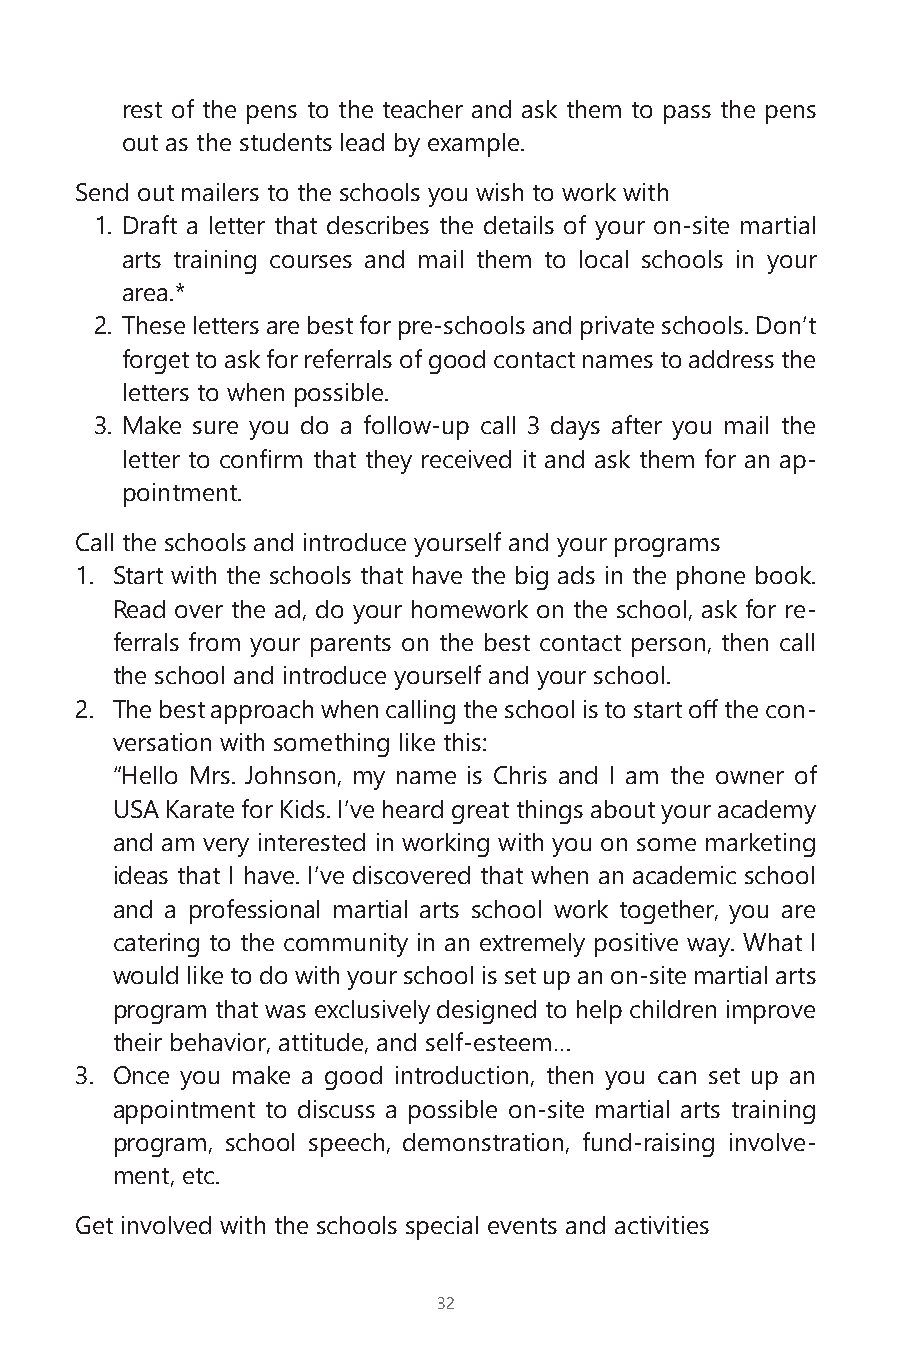
rest of the pens to the teacher and ask them to pass the pens
 out as the students lead by example.
 Send out mailers to the schools you wish to work with
 1. Draft a letter that describes the details of your on-site martial
 arts training courses and mail them to local schools in your
 area.*
 2. These letters are best for pre-schools and private schools. Don’t
 forget to ask for referrals of good contact names to address the
 letters to when possible.
 3. Make sure you do a follow-up call 3 days after you mail the
 letter to confirm that they received it and ask them for an ap-
 pointment.
 Call the schools and introduce yourself and your programs
 1. Start with the schools that have the big ads in the phone book.
 Read over the ad, do your homework on the school, ask for re-
 ferrals from your parents on the best contact person, then call
 the school and introduce yourself and your school.
 2. The best approach when calling the school is to start off the con-
 versation with something like this:
 “Hello Mrs. Johnson, my name is Chris and I am the owner of
 USA Karate for Kids. I’ve heard great things about your academy
 and am very interested in working with you on some marketing
 ideas that I have. I’ve discovered that when an academic school
 and a professional martial arts school work together, you are
 catering to the community in an extremely positive way. What I
 would like to do with your school is set up an on-site martial arts
 program that was exclusively designed to help children improve
 their behavior, attitude, and self-esteem…
 3. Once you make a good introduction, then you can set up an
 appointment to discuss a possible on-site martial arts training
 program, school speech, demonstration, fund-raising involve-
 ment, etc.
 Get involved with the schools special events and activities
 32